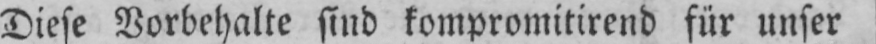
Diese Vorbehalte sind kompromitirend für unser